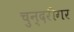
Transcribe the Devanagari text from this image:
चुन्दरीगर